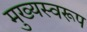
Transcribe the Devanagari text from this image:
मुख्यस्वरूप